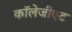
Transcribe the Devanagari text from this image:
कॉलेजीएट